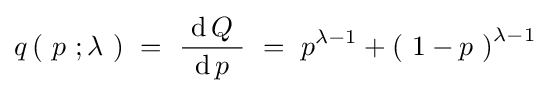
q\left(\ p\ ;\lambda \ \right)~=~{\frac {\ \operatorname {d} Q\ }{\operatorname {d} p}}~=~p^{\lambda -1}+\left(\ 1-p\ \right)^{\lambda -1}~